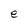
Character: e